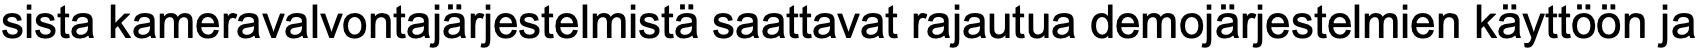
sista kameravalvontajärjestelmistä saattavat rajautua demojärjestelmien käyttöön ja